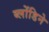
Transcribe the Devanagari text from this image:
ब्लोंडिने